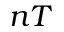
n T